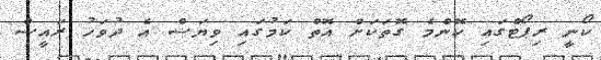
ކޯނީ ރިޕޯޓްގައި ކޮންމެ ގޮތަކަށް އޮތް ކަމުގައި ވިޔަސް އެ ދުވަހު ރައީސް